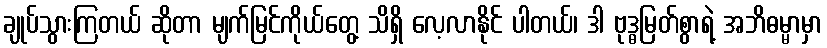
ချုပ်သွားကြတယ် ဆိုတာ မျက်မြင်ကိုယ်တွေ့ သိရှိ လေ့လာနိုင် ပါတယ်၊ ဒါ ဗုဒ္ဓမြတ်စွာရဲ့ အဘိဓမ္မာမှာ